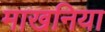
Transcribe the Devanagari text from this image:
माखनिया